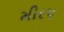
મીરપ